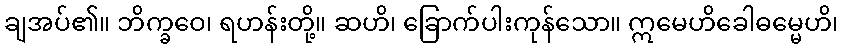
ချအပ်၏။ ဘိက္ခဝေ၊ ရဟန်းတို့။ ဆဟိ၊ ခြောက်ပါးကုန်သော။ ဣမေဟိခေါဓမ္မေဟိ၊